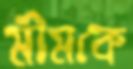
মীমকে